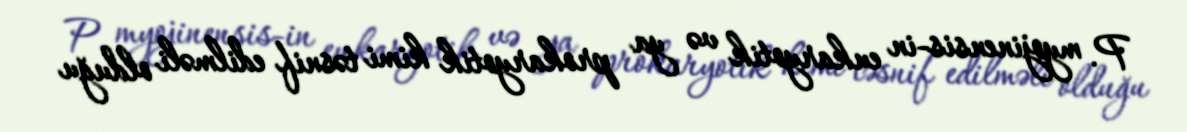
P. myojinensis-in eukaryotik və ya prokaryotik kimi təsnif edilməli olduğu